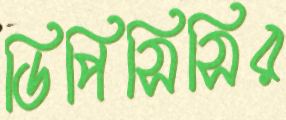
ডিপিসিসির